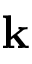
\mathbf { k }